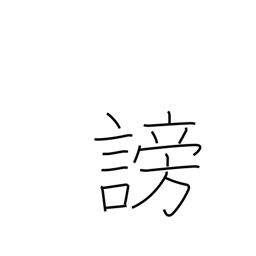
Meaning: disparage